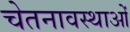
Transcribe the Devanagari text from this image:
चेतनावस्थाओं